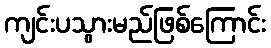
ကျင်းပသွားမည်ဖြစ်ကြောင်း